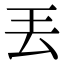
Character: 丟